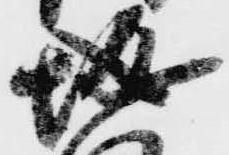
城